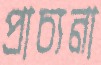
প্রাচ্যনা